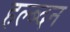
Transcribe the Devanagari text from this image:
हल्ब्दन